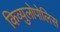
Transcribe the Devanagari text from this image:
किव्युलोपोलिस